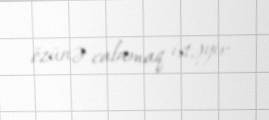
özünə calamaq istəyir.